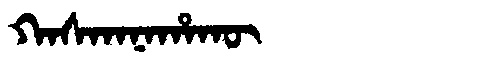
Manchu: ᡴᠠᠰᡴᠠᠨᠠᡥᠠᡴᡡ
Romanization: KASKANAHAKŪ